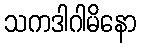
သကဒါဂါမိနော